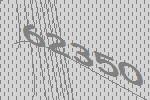
62350